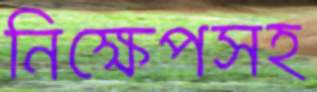
নিক্ষেপসহ